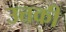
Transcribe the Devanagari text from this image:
उत्तकी